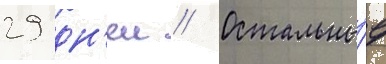
29 дн'еи // Остальны́е